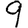
Digit: 9